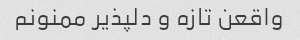
واقعن تازه و دلپذیر ممنونم